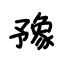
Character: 豫